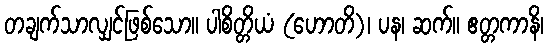
တချက်သာလျှင်ဖြစ်သော။ ပါစိတ္တိယံ (ဟောတိ)၊ ပန၊ ဆက်။ ဧတ္တကာနိ၊